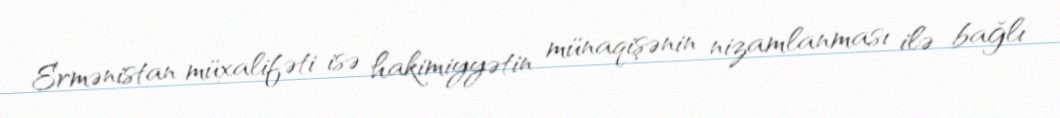
Ermənistan müxalifəti isə hakimiyyətin münaqişənin nizamlanması ilə bağlı